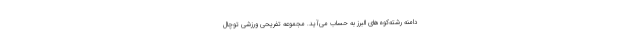
دامنه رشته‌کوه‌های البرز به حساب می‌آید. مجموعه تفریحی ورزشی توچال